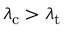
\lambda _ { \mathrm { c } } > \lambda _ { \mathrm { t } }